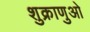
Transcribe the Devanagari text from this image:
शुक्राणुओ